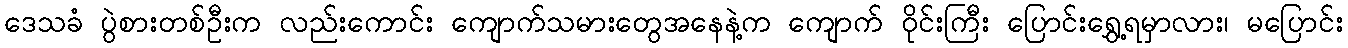
ဒေသခံ ပွဲစားတစ်ဦးက လည်းကောင်း ကျောက်သမားတွေအနေနဲ့က ကျောက် ဝိုင်းကြီး ပြောင်းရွှေ့ရမှာလား၊ မပြောင်း